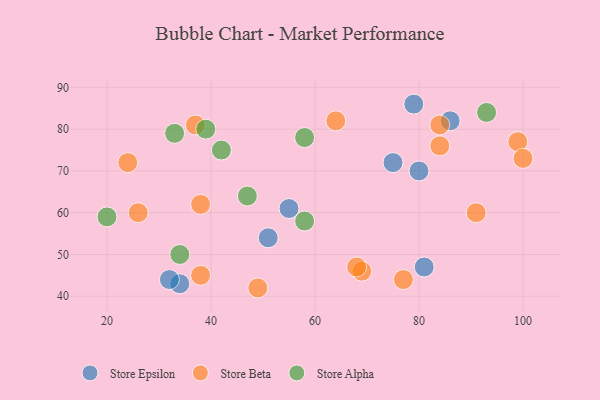
{"axis": {"x": "GDP", "y": "Life Expectancy"}, "legend": ["Store Alpha", "Store Beta", "Store Epsilon"], "data": [{"x": "34", "y": 43, "type": "Store Epsilon"}, {"x": "81", "y": 47, "type": "Store Epsilon"}, {"x": "80", "y": 70, "type": "Store Epsilon"}, {"x": "51", "y": 54, "type": "Store Epsilon"}, {"x": "86", "y": 82, "type": "Store Epsilon"}, {"x": "75", "y": 72, "type": "Store Epsilon"}, {"x": "32", "y": 44, "type": "Store Epsilon"}, {"x": "55", "y": 61, "type": "Store Epsilon"}, {"x": "79", "y": 86, "type": "Store Epsilon"}, {"x": "69", "y": 46, "type": "Store Beta"}, {"x": "84", "y": 81, "type": "Store Beta"}, {"x": "68", "y": 47, "type": "Store Beta"}, {"x": "38", "y": 45, "type": "Store Beta"}, {"x": "99", "y": 77, "type": "Store Beta"}, {"x": "64", "y": 82, "type": "Store Beta"}, {"x": "38", "y": 62, "type": "Store Beta"}, {"x": "37", "y": 81, "type": "Store Beta"}, {"x": "24", "y": 72, "type": "Store Beta"}, {"x": "100", "y": 73, "type": "Store Beta"}, {"x": "84", "y": 76, "type": "Store Beta"}, {"x": "49", "y": 42, "type": "Store Beta"}, {"x": "91", "y": 60, "type": "Store Beta"}, {"x": "26", "y": 60, "type": "Store Beta"}, {"x": "77", "y": 44, "type": "Store Beta"}, {"x": "58", "y": 78, "type": "Store Alpha"}, {"x": "42", "y": 75, "type": "Store Alpha"}, {"x": "39", "y": 80, "type": "Store Alpha"}, {"x": "47", "y": 64, "type": "Store Alpha"}, {"x": "93", "y": 84, "type": "Store Alpha"}, {"x": "20", "y": 59, "type": "Store Alpha"}, {"x": "33", "y": 79, "type": "Store Alpha"}, {"x": "58", "y": 58, "type": "Store Alpha"}, {"x": "34", "y": 50, "type": "Store Alpha"}]}